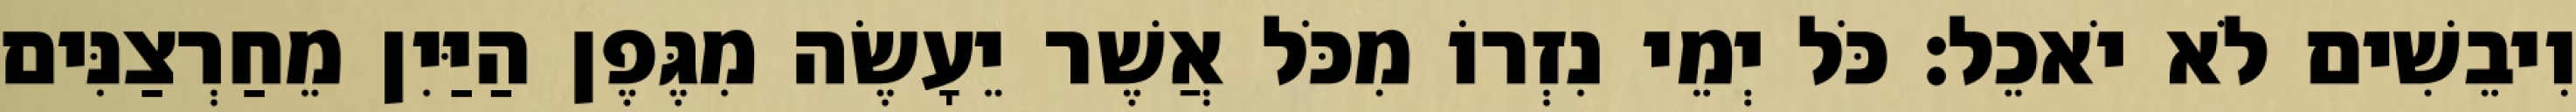
וִיבֵשִׁים לֹא יֹאכֵל׃ כֹּל יְמֵי נִזְרוֹ מִכֹּל אֲשֶׁר יֵעָשֶׂה מִגֶּפֶן הַיַּיִן מֵחַרְצַנִּים